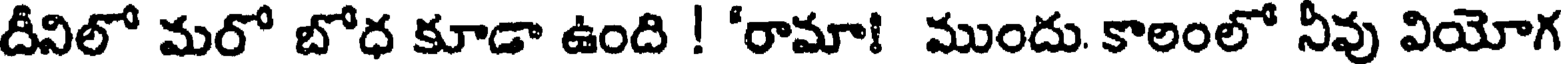
దీవిలో మరో బోధ కూడా ఉంది ! 'రామా! ముందు. కాలంలో నీవు వియోగ